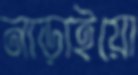
নাড়াইয়ো